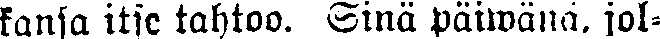
kansa itse tahtoo. Sinä päiwänä, jol-